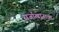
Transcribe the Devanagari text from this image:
सर्जाखानाचा